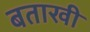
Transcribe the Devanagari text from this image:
बताखी